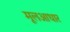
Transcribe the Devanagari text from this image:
मूलआधार